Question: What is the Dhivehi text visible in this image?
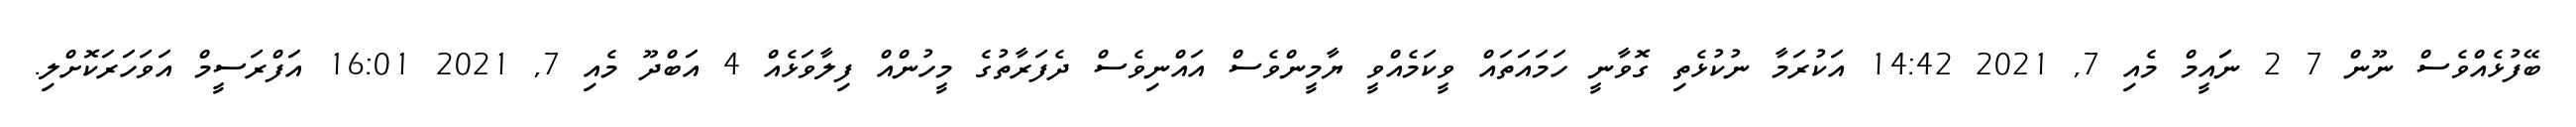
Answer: ބޭފުޅެއްވެސް ނޫން 7 2 ނަައީމް މެއި 7, 2021 14:42 އަކުރަމާ ނުކުޅެތި ގޮވާނީ ހަމައަތައް ވީކަމެއްވީ ޔާމީންވެސް އައްނިވެސް ދެފަރާތުގެ މީހުންއް ފިލާވަޅެއް 4 އަބްދޫ މެއި 7, 2021 16:01 އަފްރަސީމް އަވަހަރަކޮށްލި.